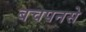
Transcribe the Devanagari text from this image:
बचपनसे